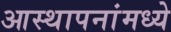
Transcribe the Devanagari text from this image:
आस्‍थापनांमध्‍ये